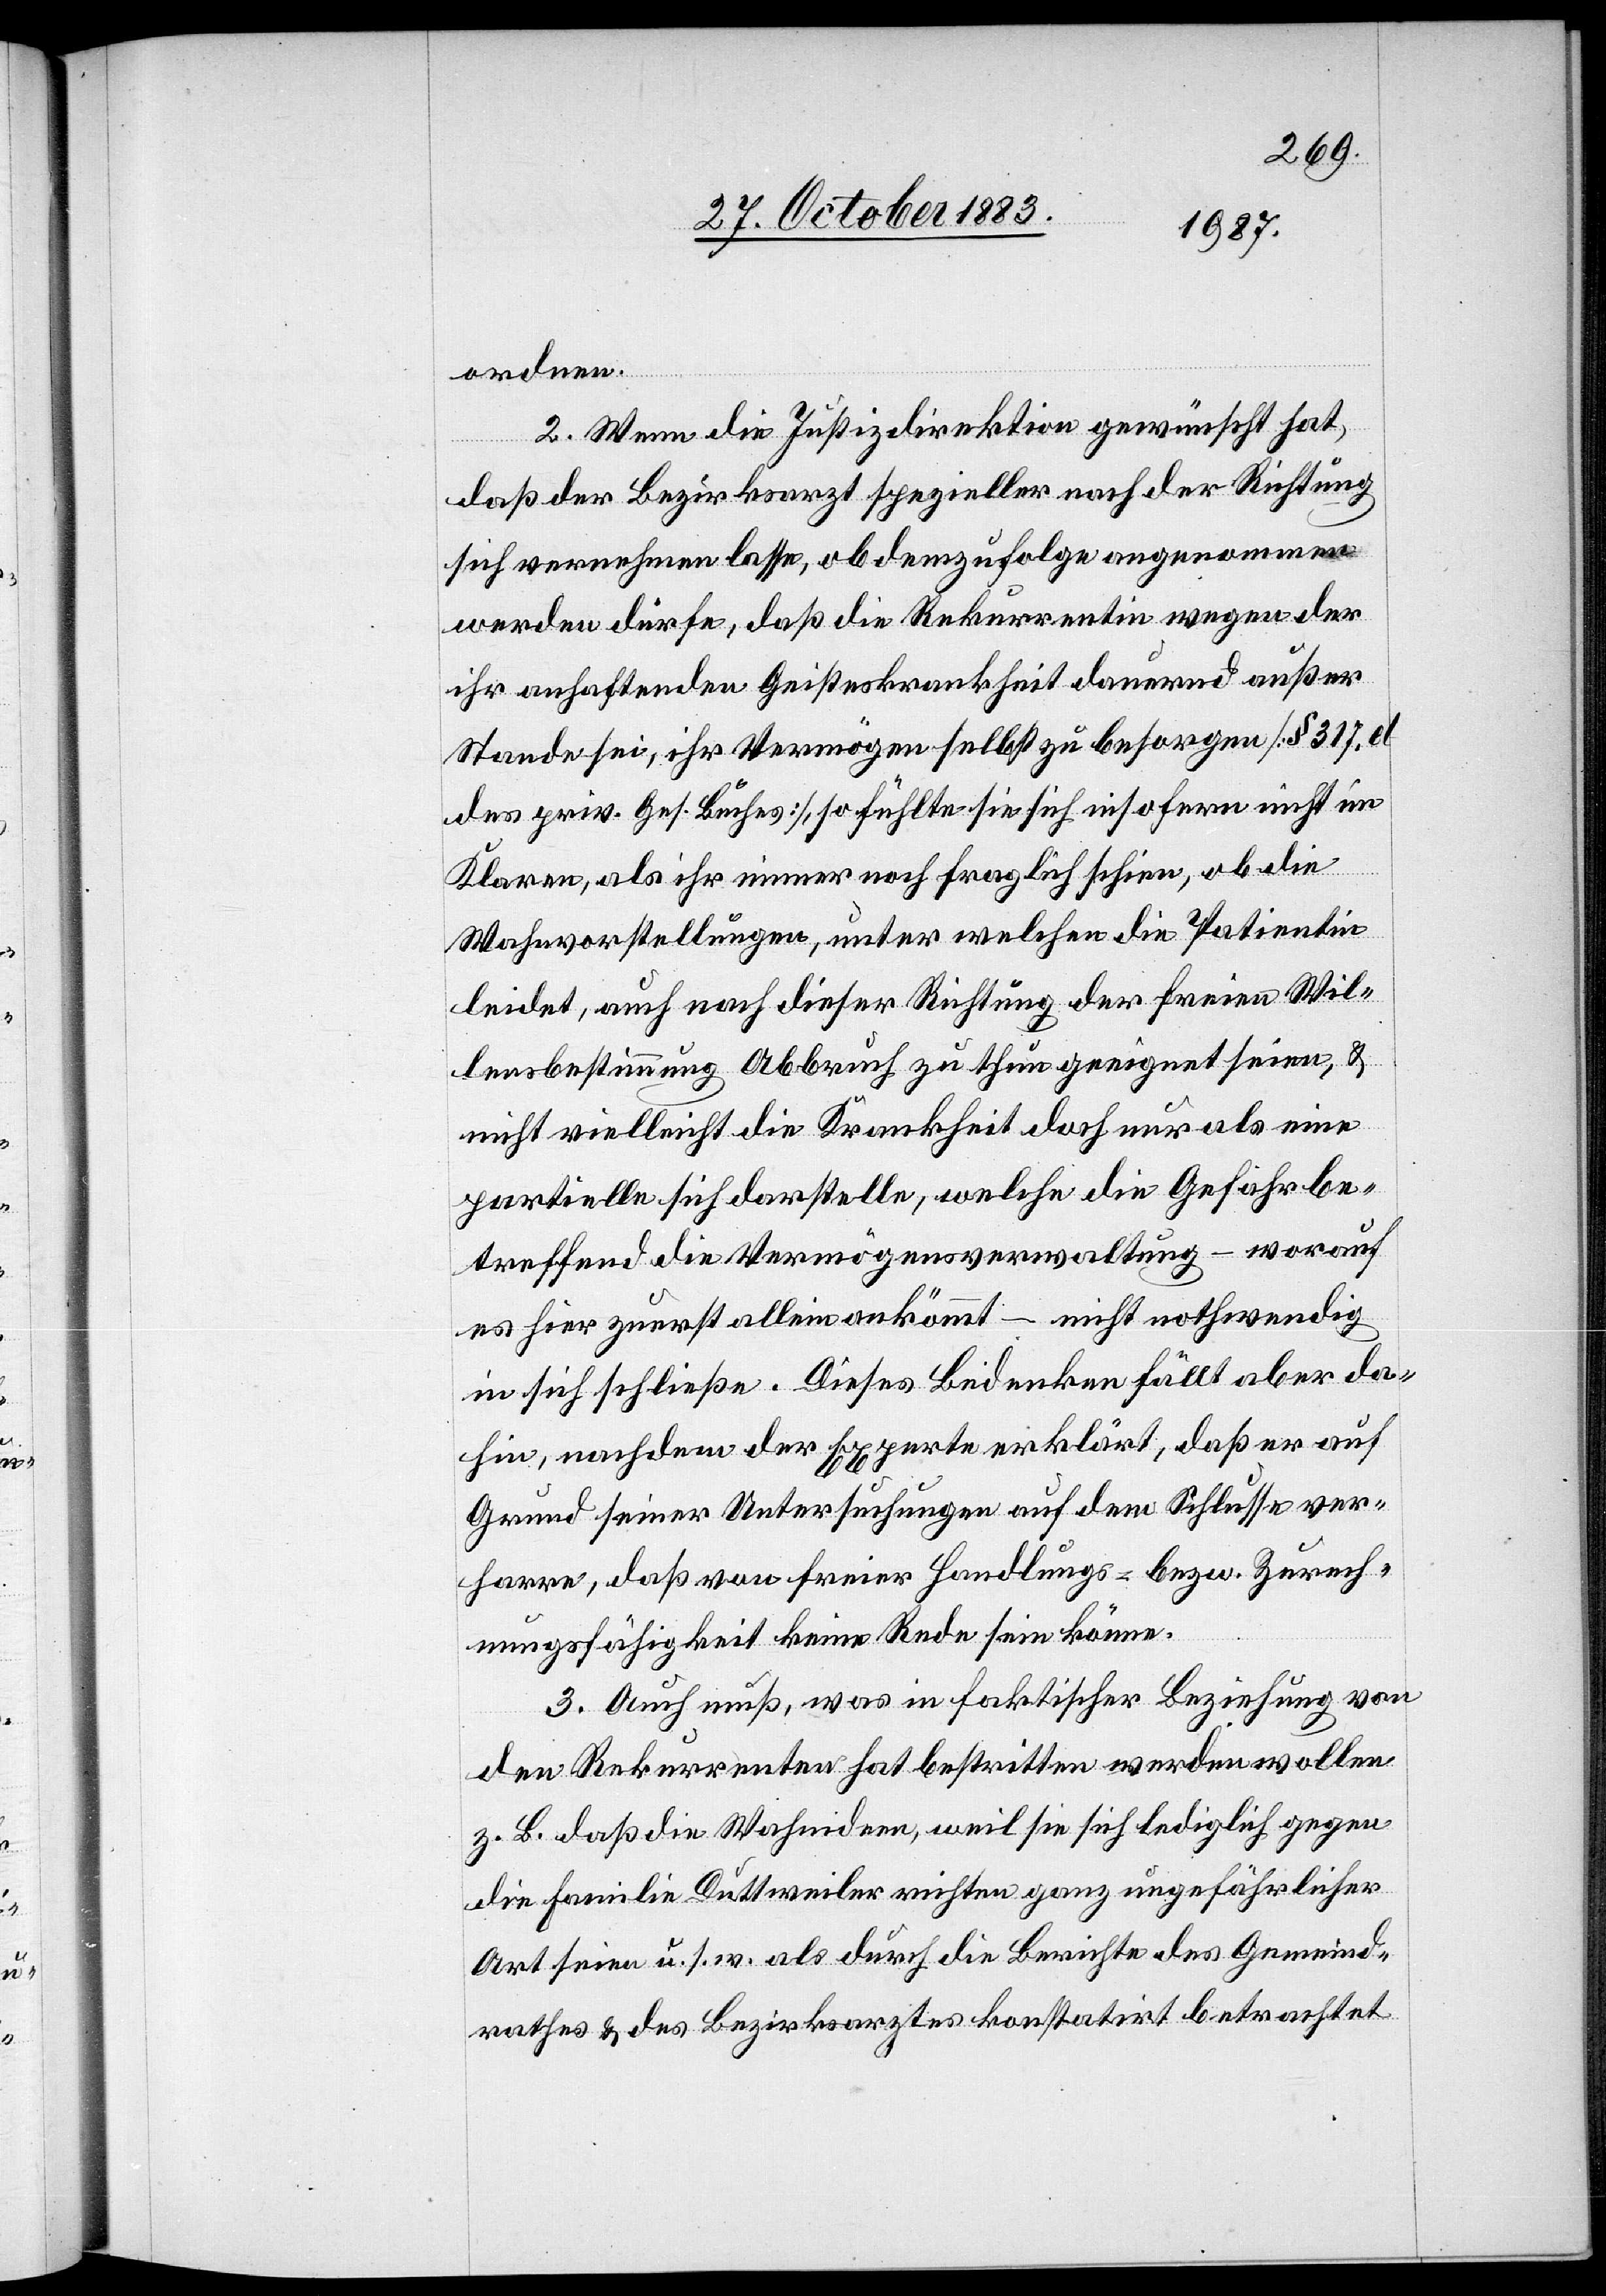
rathes
ordnen.
2. Wenn die Justizdirektion gewünscht hat,
daß der Bezirksarzt spezieller nach der Richtung
sich vernehmen lasse, ob demzufolge angenommen
werden dürfe, daß die Rekurrentin wegen der
ihr anhaftenden Geisteskrankheit dauernd außer
Stande sei, ihr Vermögen selbst zu besorgen [§ 317.
des priv. Ges. Buches], so fühlte sie sich insofern nicht im
Klaren, als ihr immer noch fraglich schien, ob die
Wahnvorstellungen, unter welchen die Patientin
leidet, auch nach dieser Richtung der freien Wil¬
lensbestimmung Abbruch zu thun geeignet seien, &
nicht vielleicht die Krankheit doch nur als eine
partielle sich darstelle, welche die Gefahr be¬
treffend die Vermögensverwaltung – worauf
es hier zuerst allein ankömmt [sic!] – nicht nothwendig
in sich schließe. Dieses Bedenken fällt aber da¬
hin, nachdem der Experte erklärt, daß er auf
Grund seiner Untersuchungen auf dem Schlusse ver¬
harre daß von freier Handlungs- bezw. Zurech¬
nungsfähigkeit keine Rede sein könne.
3. Auch muß, was in faktischer Beziehung von
den Rekurrenten hat bestritten werden wollen
z. B. daß die Wahnideen, weil sie sich lediglich gegen
die Familie Duttweiler richten ganz ungefährlicher
Art seien u. s. w. als durch die Berichte des Gemeind¬